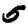
Digit: 5